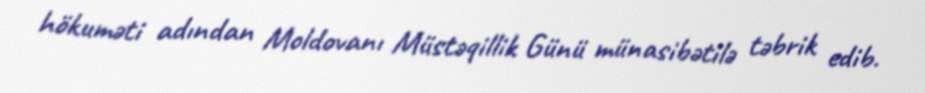
hökuməti adından Moldovanı Müstəqillik Günü münasibətilə təbrik edib.